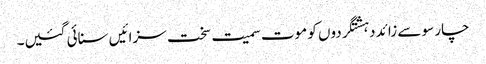
چار سو سے زائد دہشتگردوں کو موت سمیت سخت سزائیں سنائی گئیں۔